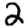
Digit: 2